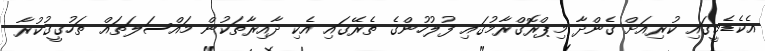
އެކެޑެމީގައި ކުރިއަށް ގެންދާ މިޕްރޮގްރާމުގައި ފުލުހުންގެ ތެރޭގައި އެކި ދާއިރާތަކުން މައްސަލަތައް ތަހުގީގުކުރާ